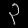
Digit: ၃